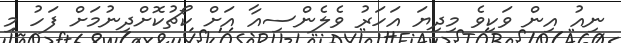
ނިއު އިން ވަކިވެ މިދިޔަ އަހަރު ވެލެންސިއާ އަށް ކޯޗުކޮށްދިނުމަށް ފަހު މި